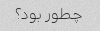
چطور بود؟